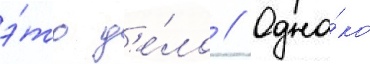
э́то д'е́ло // Одна́ко